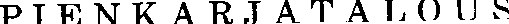
PIENKARJATALOUS